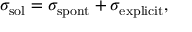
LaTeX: \sigma _ { \mathrm { s o l } } = \sigma _ { \mathrm { s p o n t } } + \sigma _ { \mathrm { e x p l i c i t } } ,